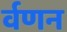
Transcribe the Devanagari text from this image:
र्वणन